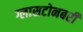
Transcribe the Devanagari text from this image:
ग्लासटोनबरी